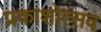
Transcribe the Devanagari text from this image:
प्रकाशोत्‍सव